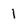
Character: 1